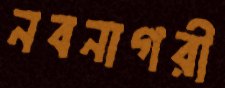
নবনাগরী